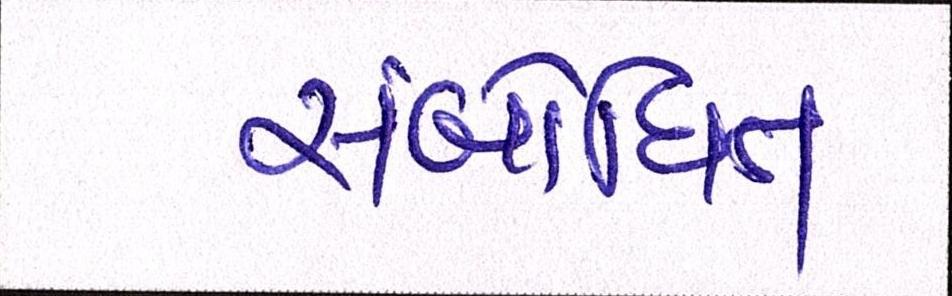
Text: સંબોધિત